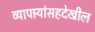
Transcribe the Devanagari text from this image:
व्यापार्‍यांसहदेखील